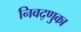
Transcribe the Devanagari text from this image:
निवद्णुका